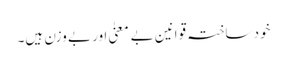
خود ساختہ قوانین بے معنیٰ اور بے وزن ہیں۔